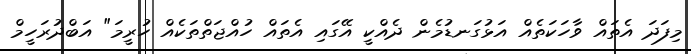
މިފަދަ އެތައް ވާހަކަތެއް އަޅުގަނޑުމެން ދެއްކީ އޭގައި އެތައް ހުއްޖަތްތަކެއް ހުރީމަ" އަބްދުރަހީމް